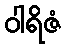
ဝါရိဇံ